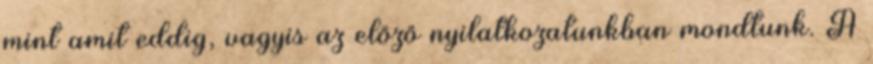
mint amit eddig, vagyis az előző nyilatkozatunkban mondtunk. A